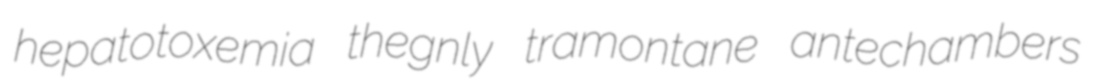
hepatotoxemia thegnly tramontane antechambers